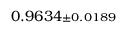
0 . 9 6 3 4 { \scriptstyle \pm 0 . 0 1 8 9 }